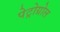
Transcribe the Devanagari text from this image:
पेट्रोग्रोल